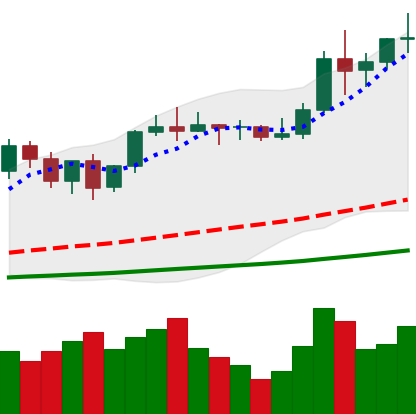
Ticker: LTC-USD
Chart end date: 2021-01-07
Forward return: -21.802%
Label: down_7plus